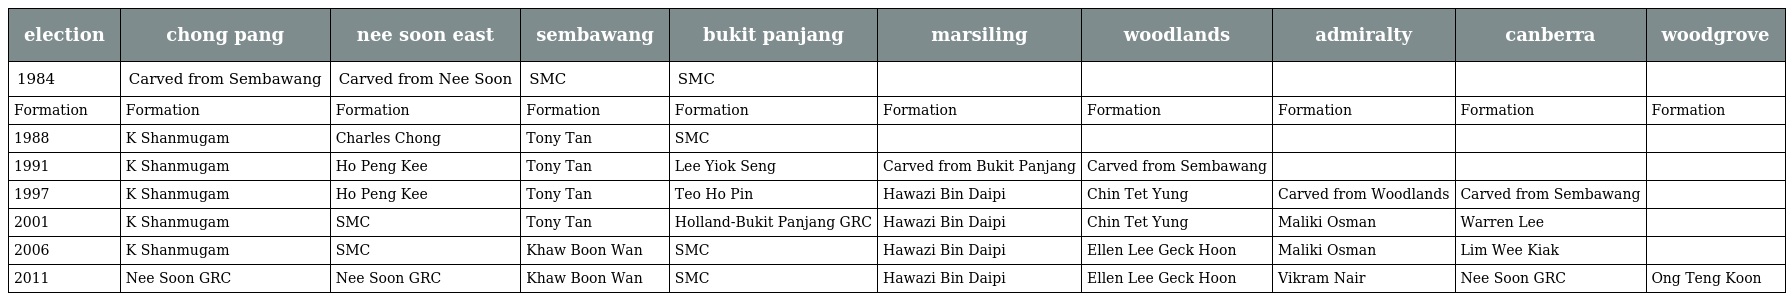
| election | chong pang | nee soon east | sembawang | bukit panjang | marsiling | woodlands | admiralty | canberra | woodgrove |
 | --- | --- | --- | --- | --- | --- | --- | --- | --- | --- |
 | 1984 | Carved from Sembawang | Carved from Nee Soon | SMC | SMC |  |  |  |  |  |
 | Formation | Formation | Formation | Formation | Formation | Formation | Formation | Formation | Formation | Formation |
 | 1988 | K Shanmugam | Charles Chong | Tony Tan | SMC |  |  |  |  |  |
 | 1991 | K Shanmugam | Ho Peng Kee | Tony Tan | Lee Yiok Seng | Carved from Bukit Panjang | Carved from Sembawang |  |  |  |
 | 1997 | K Shanmugam | Ho Peng Kee | Tony Tan | Teo Ho Pin | Hawazi Bin Daipi | Chin Tet Yung | Carved from Woodlands | Carved from Sembawang |  |
 | 2001 | K Shanmugam | SMC | Tony Tan | Holland-Bukit Panjang GRC | Hawazi Bin Daipi | Chin Tet Yung | Maliki Osman | Warren Lee |  |
 | 2006 | K Shanmugam | SMC | Khaw Boon Wan | SMC | Hawazi Bin Daipi | Ellen Lee Geck Hoon | Maliki Osman | Lim Wee Kiak |  |
 | 2011 | Nee Soon GRC | Nee Soon GRC | Khaw Boon Wan | SMC | Hawazi Bin Daipi | Ellen Lee Geck Hoon | Vikram Nair | Nee Soon GRC | Ong Teng Koon |